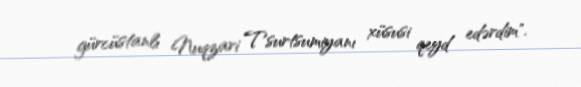
gürcüstanlı Nuqzari Tsurtsumiyanı xüsusi qeyd edərdim".